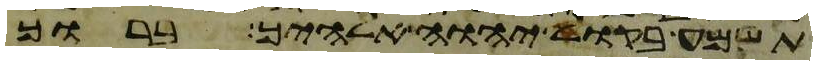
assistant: תשמע בקול יהוה אלהיך ברוך